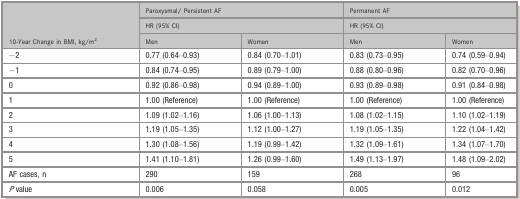
<table><thead><tr><td rowspan="3"><b>10‐Year Change in BMI, kg/m<sup>2</sup></b></td><td colspan="2"><b>Paroxysmal/ Persistent AF</b></td><td colspan="2"><b>Permanent AF</b></td></tr><tr><td colspan="2"><b>HR (95% CI)</b></td><td colspan="2"><b>HR (95% CI)</b></td></tr><tr><td><b>Men</b></td><td><b>Women</b></td><td><b>Men</b></td><td><b>Women</b></td></tr></thead><tbody><tr><td>−2</td><td>0.77 (0.64–0.93)</td><td>0.84 (0.70–1.01)</td><td>0.83 (0.73–0.95)</td><td>0.74 (0.59–0.94)</td></tr><tr><td>−1</td><td>0.84 (0.74–0.95)</td><td>0.89 (0.79–1.00)</td><td>0.88 (0.80–0.96)</td><td>0.82 (0.70–0.96)</td></tr><tr><td>0</td><td>0.92 (0.86–0.98)</td><td>0.94 (0.89–1.00)</td><td>0.93 (0.89–0.98)</td><td>0.91 (0.84–0.98)</td></tr><tr><td>1</td><td>1.00 (Reference)</td><td>1.00 (Reference)</td><td>1.00 (Reference)</td><td>1.00 (Reference)</td></tr><tr><td>2</td><td>1.09 (1.02–1.16)</td><td>1.06 (1.00–1.13)</td><td>1.08 (1.02–1.15)</td><td>1.10 (1.02–1.19)</td></tr><tr><td>3</td><td>1.19 (1.05–1.35)</td><td>1.12 (1.00–1.27)</td><td>1.19 (1.05–1.35)</td><td>1.22 (1.04–1.42)</td></tr><tr><td>4</td><td>1.30 (1.08–1.56)</td><td>1.19 (0.99–1.42)</td><td>1.32 (1.09–1.61)</td><td>1.34 (1.07–1.70)</td></tr><tr><td>5</td><td>1.41 (1.10–1.81)</td><td>1.26 (0.99–1.60)</td><td>1.49 (1.13–1.97)</td><td>1.48 (1.09–2.02)</td></tr><tr><td>AF cases, n</td><td>290</td><td>159</td><td>268</td><td>96</td></tr><tr><td><i>P</i> value</td><td>0.006</td><td>0.058</td><td>0.005</td><td>0.012</td></tr></tbody></table>